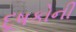
દૂષકોની